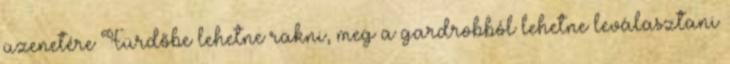
üzenetére Fürdőbe lehetne rakni, meg a gardrobból lehetne leválasztani